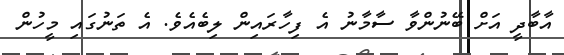
އާބާދީ އަށް ބޭނުންވާ ސާމާނު އެ ފިހާރައިން ލިބެއެވެ. އެ ތަނުގައި މީހުން